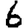
Digit: 6